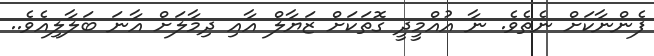
ފެންނާކަށް ނެތެވެ. ނާ އުއްމީދީ ގޮތަކަށް ޒަޔާލް އާއި ދިމާލަށް އާނަ ބަލާލިއެވެ..